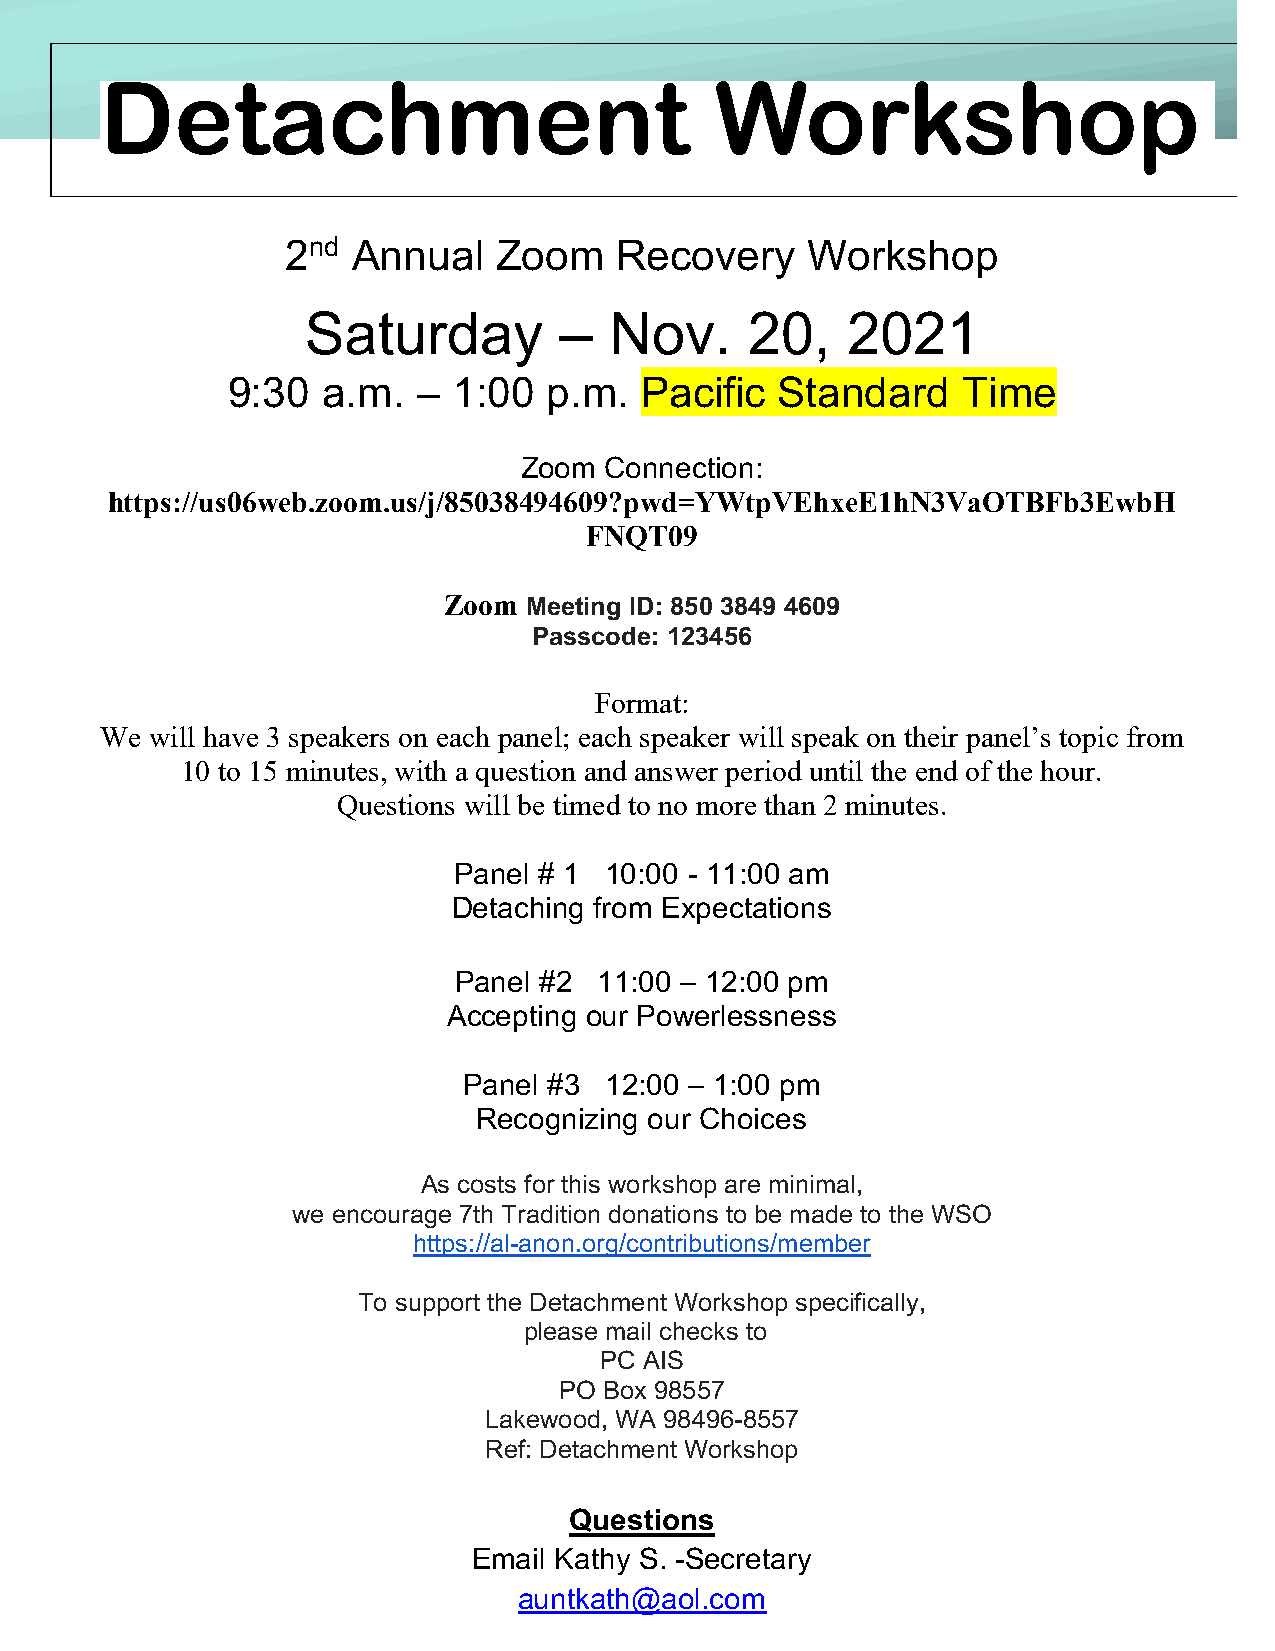
Detachment                              Workshop
 DDeettaacchhmmeenn             tt  WWoorrkksshhoopp
 2nd Annual    Zoom    Recovery    Workshop
 Saturday         –  Nov.      20,   2021
 9:30  a.m.   – 1:00  p.m.  Pacific   Standard    Time
 Zoom  Connection:
 https://us06web.zoom.us/j/85038494609?pwd=YWtpVEhxeE1hN3VaOTBFb3EwbH
 FNQT09
 Zoom  Meeting ID: 850 3849 4609
 Passcode: 123456
 Format:
 We will have 3 speakers on each panel; each speaker will speak on their panel’s topic from
 10 to 15 minutes, with a question and answer period until the end of the hour.
 Questions will be timed to no more than 2 minutes.
 Panel # 1 10:00 - 11:00 am
 Detaching from Expectations
 Panel #2  11:00 – 12:00 pm
 Accepting our Powerlessness
 Panel #3 12:00 – 1:00 pm
 Recognizing our Choices
 As costs for this workshop are minimal,
 we encourage 7th Tradition donations to be made to the WSO
 https://al-anon.org/contributions/member
 To support the Detachment Workshop specifically,
 please mail checks to
 PC AIS
 PO Box 98557
 Lakewood, WA 98496-8557
 Ref: Detachment Workshop
 Questions
 Email Kathy S. -Secretary
 auntkath@aol.com